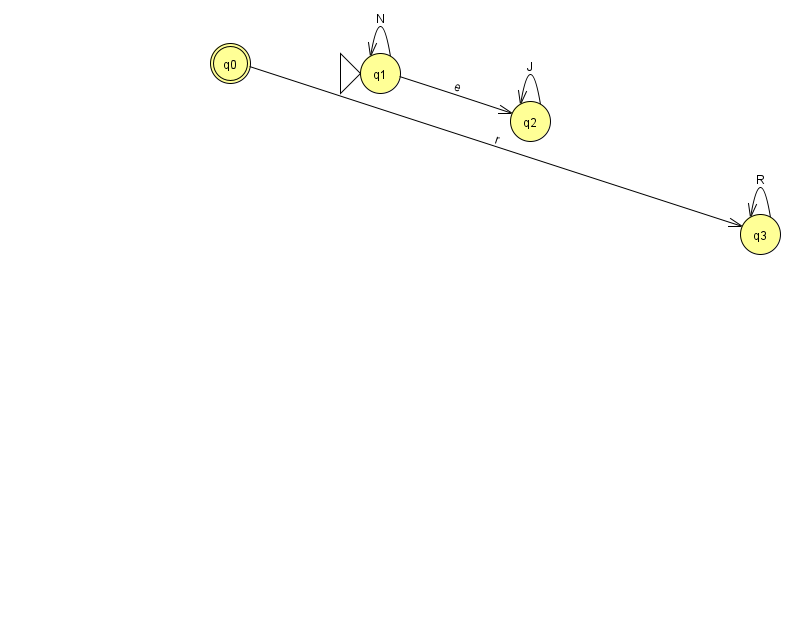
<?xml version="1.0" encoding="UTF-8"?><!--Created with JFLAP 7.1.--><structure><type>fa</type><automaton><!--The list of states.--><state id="0" name="q0"><x>230.0</x><y>50.0</y><final/></state><state id="1" name="q1"><x>380.0</x><y>60.0</y><initial/></state><state id="2" name="q2"><x>530.0</x><y>108.0</y></state><state id="3" name="q3"><x>760.0</x><y>221.0</y></state><!--The list of transitions.--><transition><from>3</from><to>3</to><read>R</read></transition><transition><from>1</from><to>2</to><read>e</read></transition><transition><from>0</from><to>3</to><read>r</read></transition><transition><from>2</from><to>2</to><read>J</read></transition><transition><from>1</from><to>1</to><read>N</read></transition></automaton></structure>